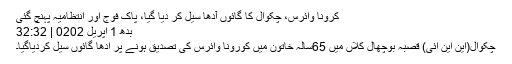
﻿ کرونا وائرس، چکوال کا گائوں آدھا سیل کر دیا گیا، پاک فوج اور انتظامیہ پہنچ گئی
بدھ‬‮ 1 اپریل‬‮ 2020 | 23:23
چکوال(این این آئی) قصبہ بوچھال کلاں میں 65سالہ خاتون میں کورونا وائرس کی تصدیق ہونے پر آدھا گائوں سیل کردیاگیا۔